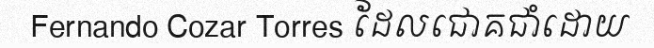
Fernando Cozar Torres ដែលជោគជាំដោយ